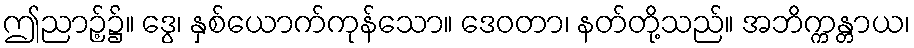
ဤညာဉ့်၌။ ဒွေ၊ နှစ်ယောက်ကုန်သော။ ဒေဝတာ၊ နတ်တို့သည်။ အဘိက္ကန္တာယ၊